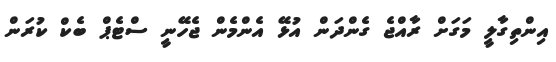
އިންތިގާލީ މަގަށް ރާއްޖެ ގެންދަން އުޅޭ އެންމެން ޖެހޭނީ ސްޓެޕް ބެކް ކުރަން